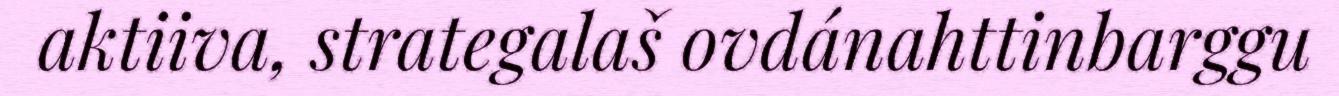
aktiiva, strategalaš ovdánahttinbarggu